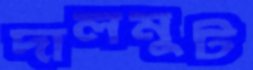
দালমুট